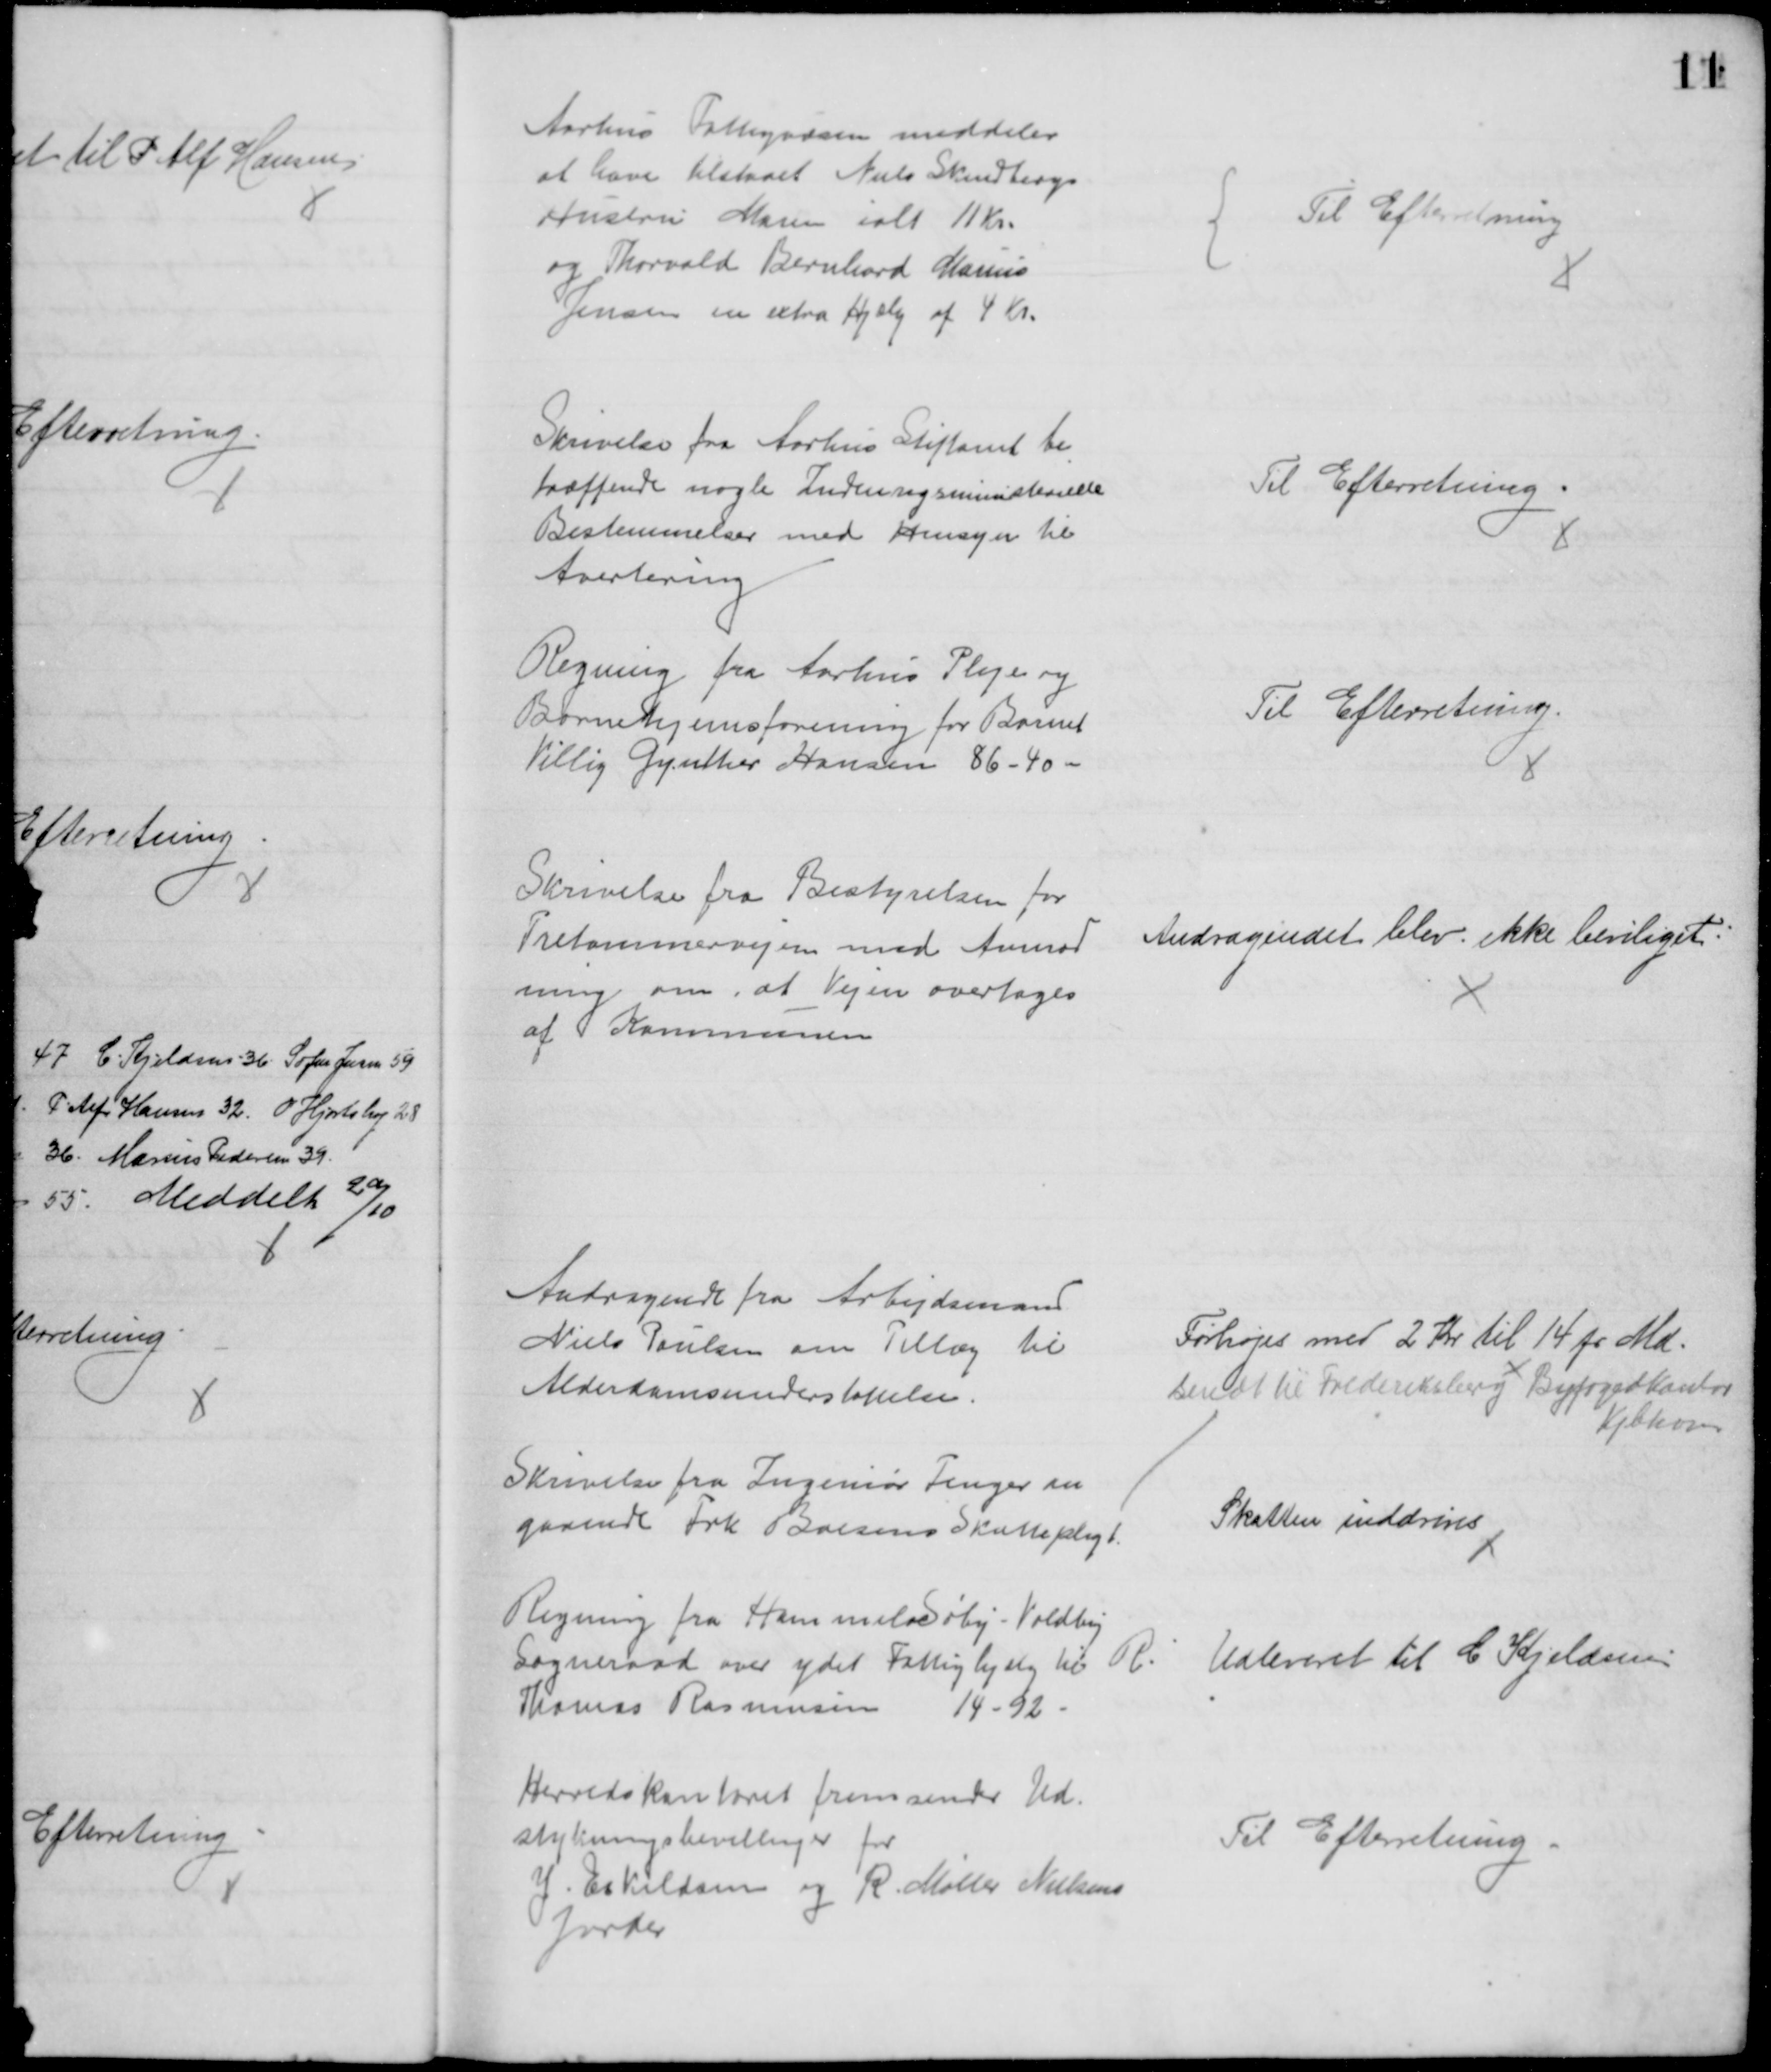
Transskription:
Aarhus Fattigvæsen meddeler
at have tilstaaet Niels Skindbergs
Hustru Maren ialt 11 Kr.
og Thorvald Bernhard Marius
Jensen en extra Hjælp af 4 Kr.
Til Efterretning
Skrivelse fra Aarhus Stiftamt be
træffende nogle Indenrigsministerielle
Bestemmelser med Hensyn til
Avertering
Til Efterretning.
Regning fra Aarhus Pleje og
Børnehjemsforening for Barnet
Villig Gynther Hansen 86 - 40 
Til Efterretning.
Skrivelse fra Bestyrelsen for
Tretommervejen med Anmod
ning om, at Vejen overtages
af Kommunen
Andragendet blev ikke beviliget.
Andragende fra Arbejdsmand
Niels Poulsen om Tillæg til
Alderdomsunderstøttelse.
Forhøjes med 2 Kr til 14 pr. Md.
sendt til Frederiksberg Byfogedkontor
Kjbhvn.
Skrivelse fra Ingeniør Fenger an
gaaende Frk. Boesens Skattepligt.
Skatten inddrives
Regning fra Hammel Søby - Voldby
Sogneraad over ydet Fattighjælp til R. 
Thomas Rasmussen 14 - 92 
Udleveret til C. Kjeldsen
Herredskontoret fremsender Ud-
stykningsbevillinger for
J. Eskildsen og R. Møller Nielsens
Jorder
Til Efterretning